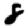
Digit: 8